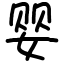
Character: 婴